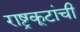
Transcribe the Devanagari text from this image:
राष्ट्रकूटांची